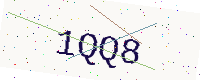
Text: 1QQ8